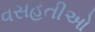
વસહતીઓ